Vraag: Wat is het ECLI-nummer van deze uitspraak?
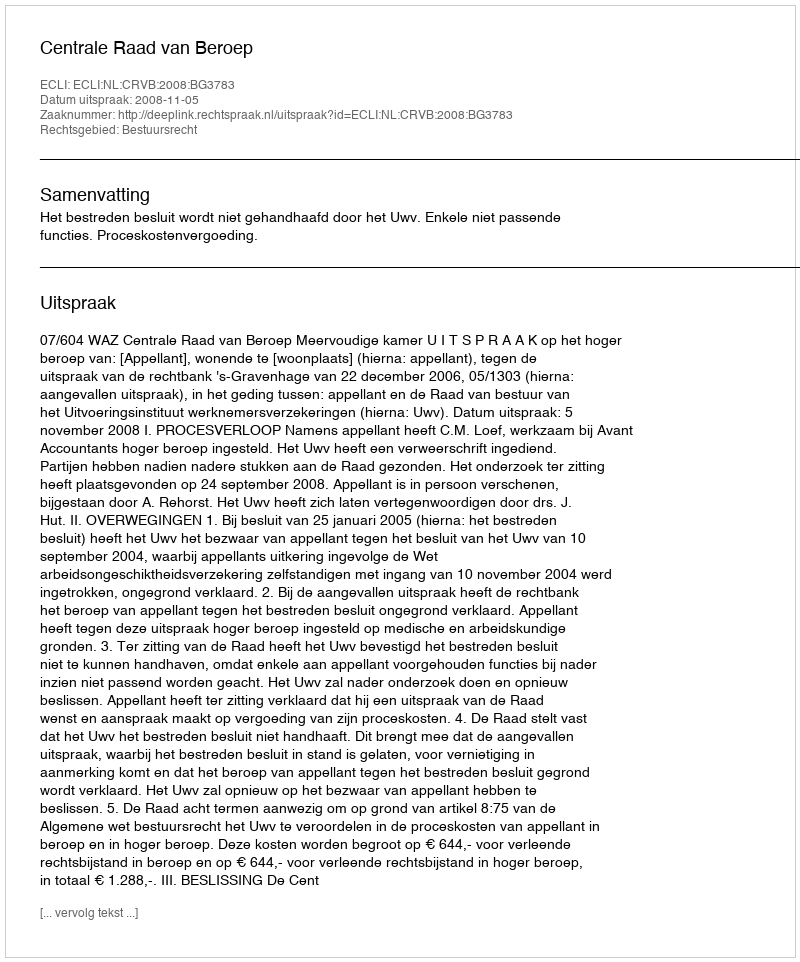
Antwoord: ECLI:NL:CRVB:2008:BG3783